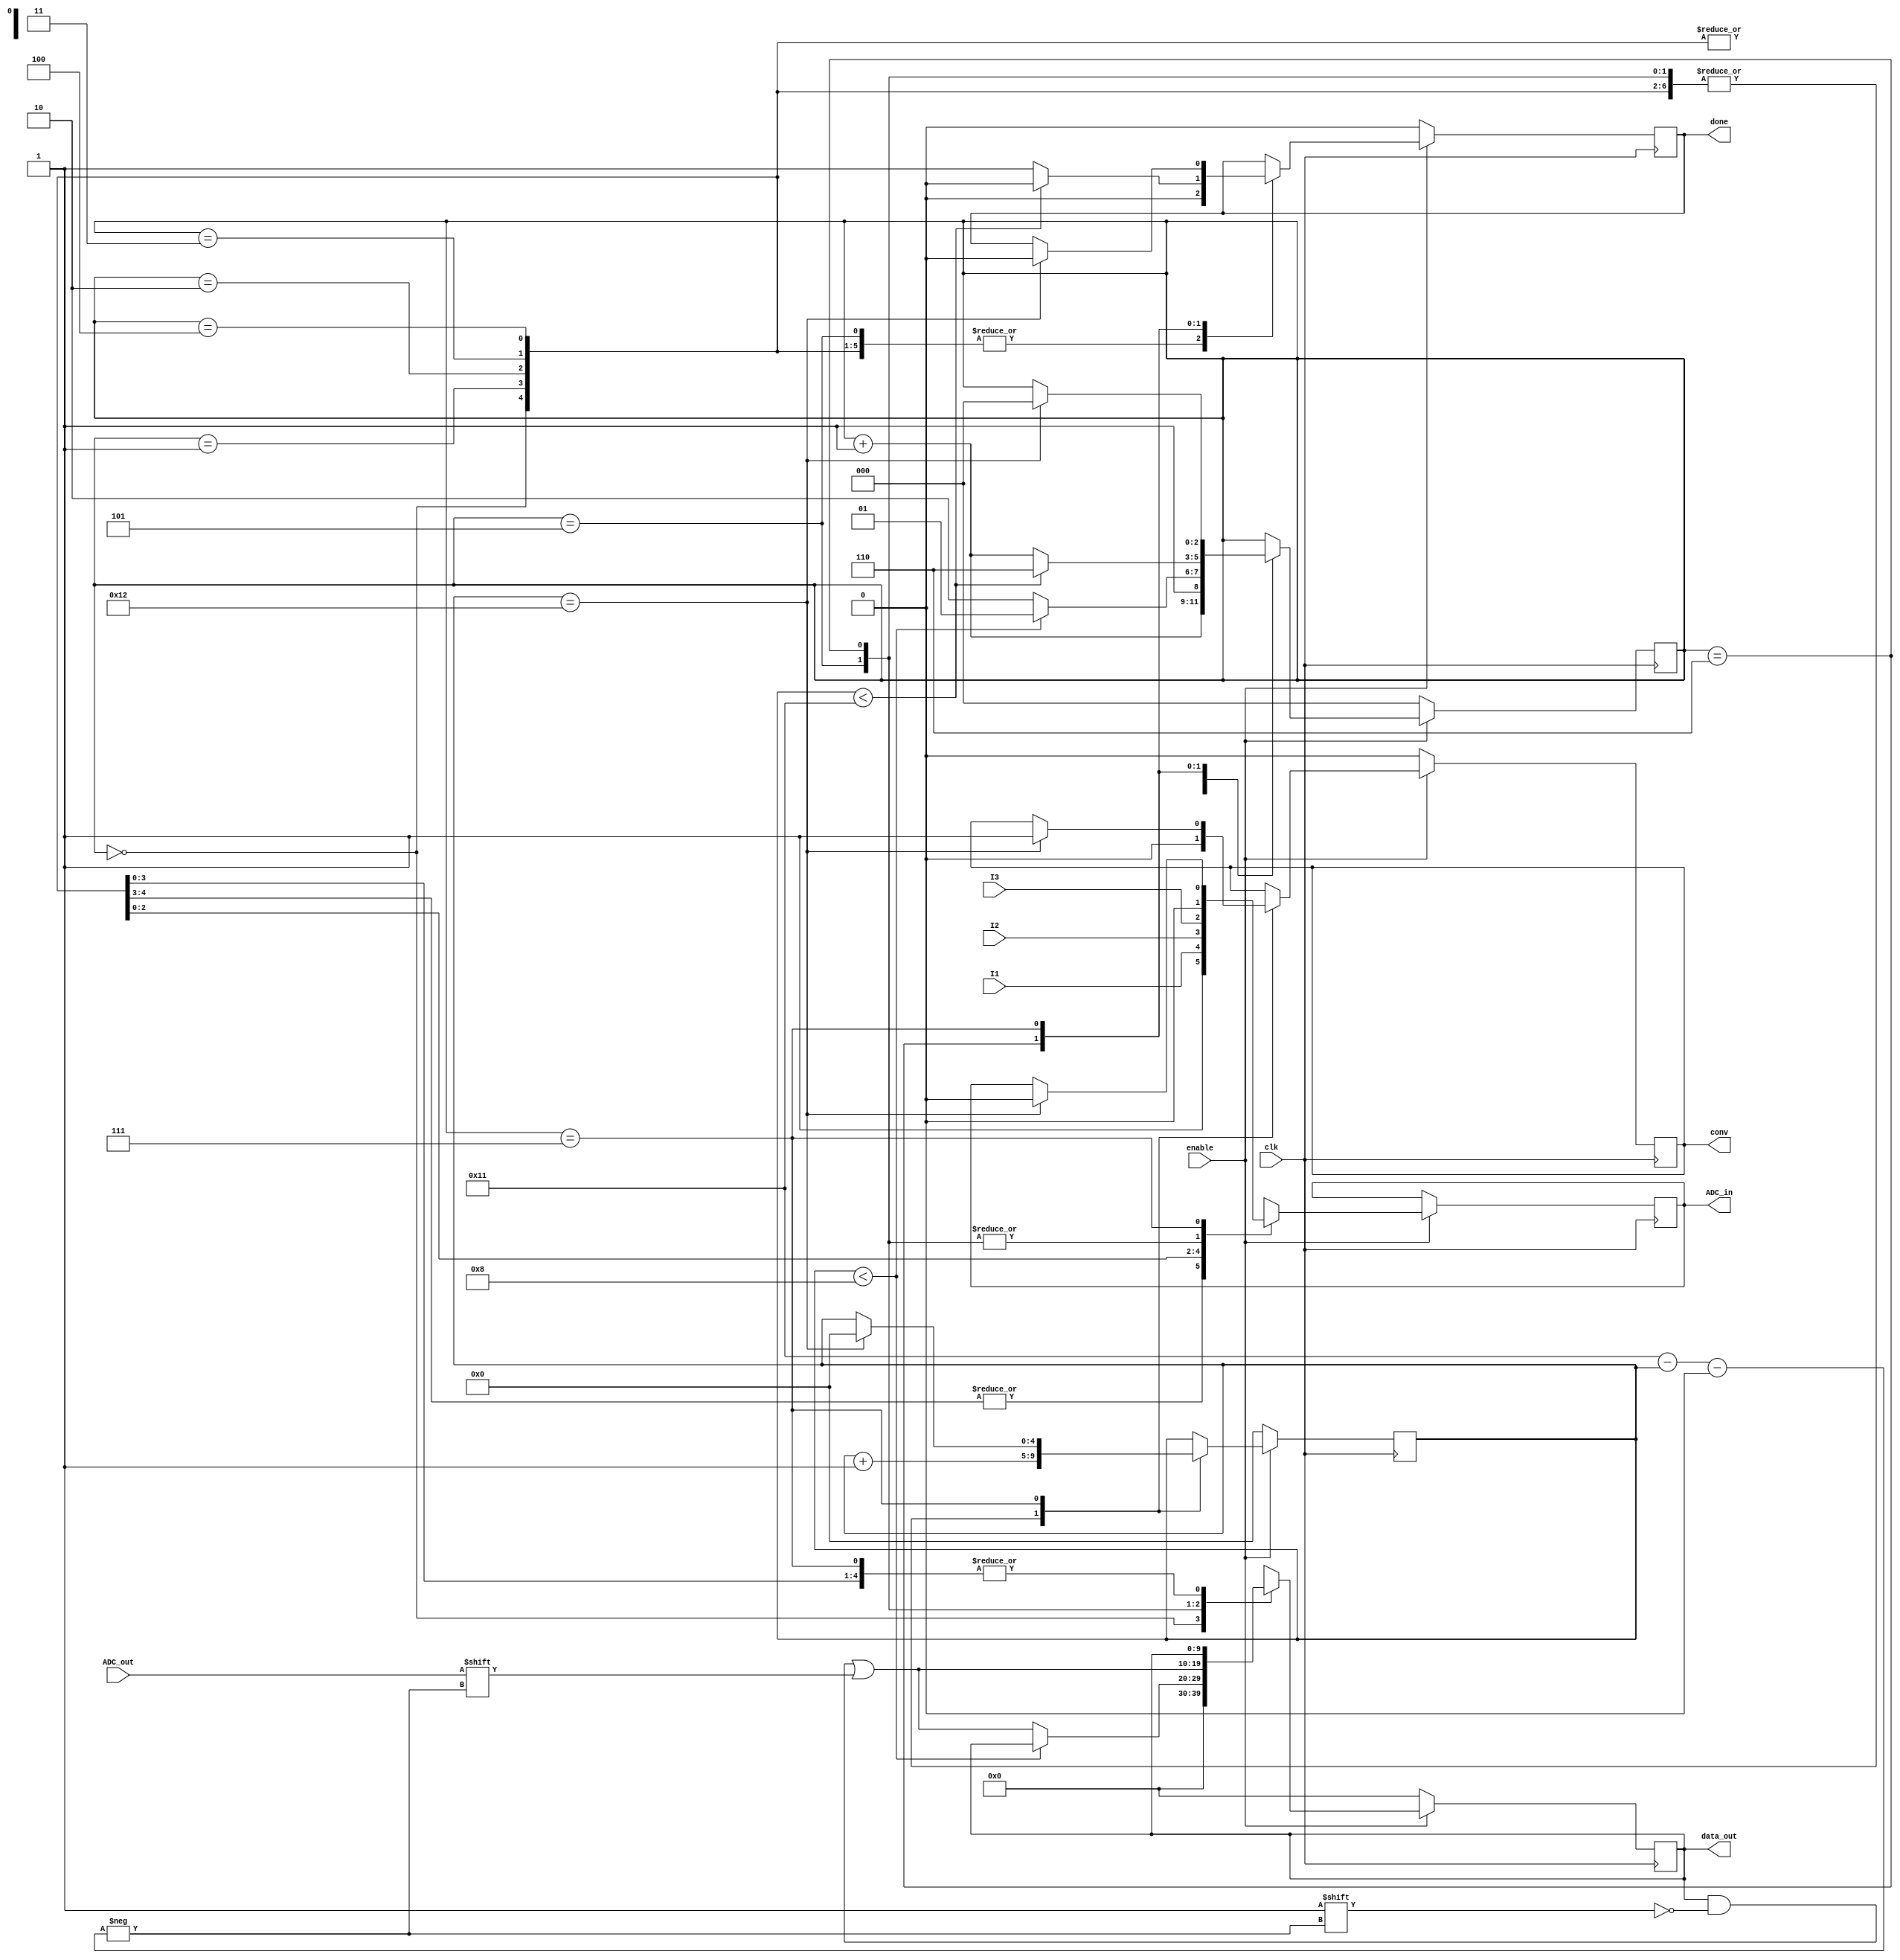
`timescale 1ns / 1ps

module ADC(clk, enable, I1,I2,I3,conv, done, ADC_in, ADC_out, data_out);

	// input and outputs
	input 	I1,I2,I3,clk, enable, ADC_out;
	output reg ADC_in;
	output reg conv,done;			// Sampling Clock
	output reg [9:0]	data_out;		// desired sampled Data

	// internal variables
	reg [2:0]   Cs = 0;
	reg [4:0]	count = 0;
	reg [4:0]   bit_pos = 0;

	always @(negedge clk) begin// when enable is on
	
		if (enable == 1) begin
			case (Cs)
				0:	begin
						// initial
						conv 	<= 0;
						done 	<= 0;
						ADC_in = 1;
						Cs <= Cs + 3'b001;
						count <= count + 5'b00001; //1
						data_out <= 0;
					end
				1:	begin
						// initial
						conv 	<= 0;
						done 	<= 0;
						ADC_in = 1;
						Cs <= Cs + 3'b001;
						count <= count + 5'b00001; //2
					end
				2:	begin
						// initial
						conv 	<= 0;
						done 	<= 0;
						ADC_in = I1;
						Cs <= Cs + 3'b001;
						count <= count + 5'b00001; //3
					end
				3:	begin
						// initial
						conv 	<= 0;
						done 	<= 0;
						ADC_in = I2;
						Cs <= Cs + 3'b001;
						count <= count + 5'b00001; //4
					end
				4:	begin
						// initial
						conv 	<= 0;
						done 	<= 0;
						ADC_in = I3;
						Cs <= Cs + 3'b001;
						count <= count + 5'b00001; //5
					end
				
				5:	begin
						
						if (count < 8) begin
						conv 	<= 0;
						done 	<= 0;
						ADC_in = 0;
						Cs <= 5;
						count <= count + 5'b00001; end  //6
						else begin
						conv 	<= 0;
						done 	<= 0;
						ADC_in = 0;
						Cs <= 6;
						bit_pos = 5'b10001 - count;
						data_out[bit_pos] <= ADC_out;
						count <= count + 5'b00001;
						end
					end
				6: begin
				      if (count < 17) begin
                  conv 	<= 0;
						done 	<= 0;
						ADC_in = 0;
						Cs <= 6;
						bit_pos = 5'b10001 - count;
						data_out[bit_pos] <= ADC_out;
						count <= count + 5'b00001;end
						else begin
						conv 	<= 0;
						done 	<= 1;
						ADC_in = 0;
						Cs <= Cs + 3'b001;
						bit_pos = 5'b10001 - count;
						data_out[bit_pos] <= ADC_out;
						count <= count + 5'b00001;
						end
					end
				7: begin
				      if (count == 18) begin
                  conv 	<= 1;
						done 	<= 0;
						ADC_in = 0;
						Cs <= 0;
						conv 	<= 1;
						count <= 0;
						end
					end
				default: begin
						Cs	<= 0;
						conv  <= 0;
						count	<= 0;
						done	<= 0;
					end
			endcase
		end else begin
			// reset
         conv     <= 0;
			done 		<= 0;
			Cs 		<= 0;
			count    <= 0;
			data_out 	<= 0;
		end
	end
endmodule